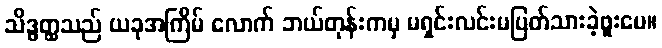
သိဒ္ဓတ္ထသည် ယခုအကြိမ် လောက် ဘယ်တုန်းကမှ မရှင်းလင်းမပြတ်သားခဲ့ဖူးပေ။